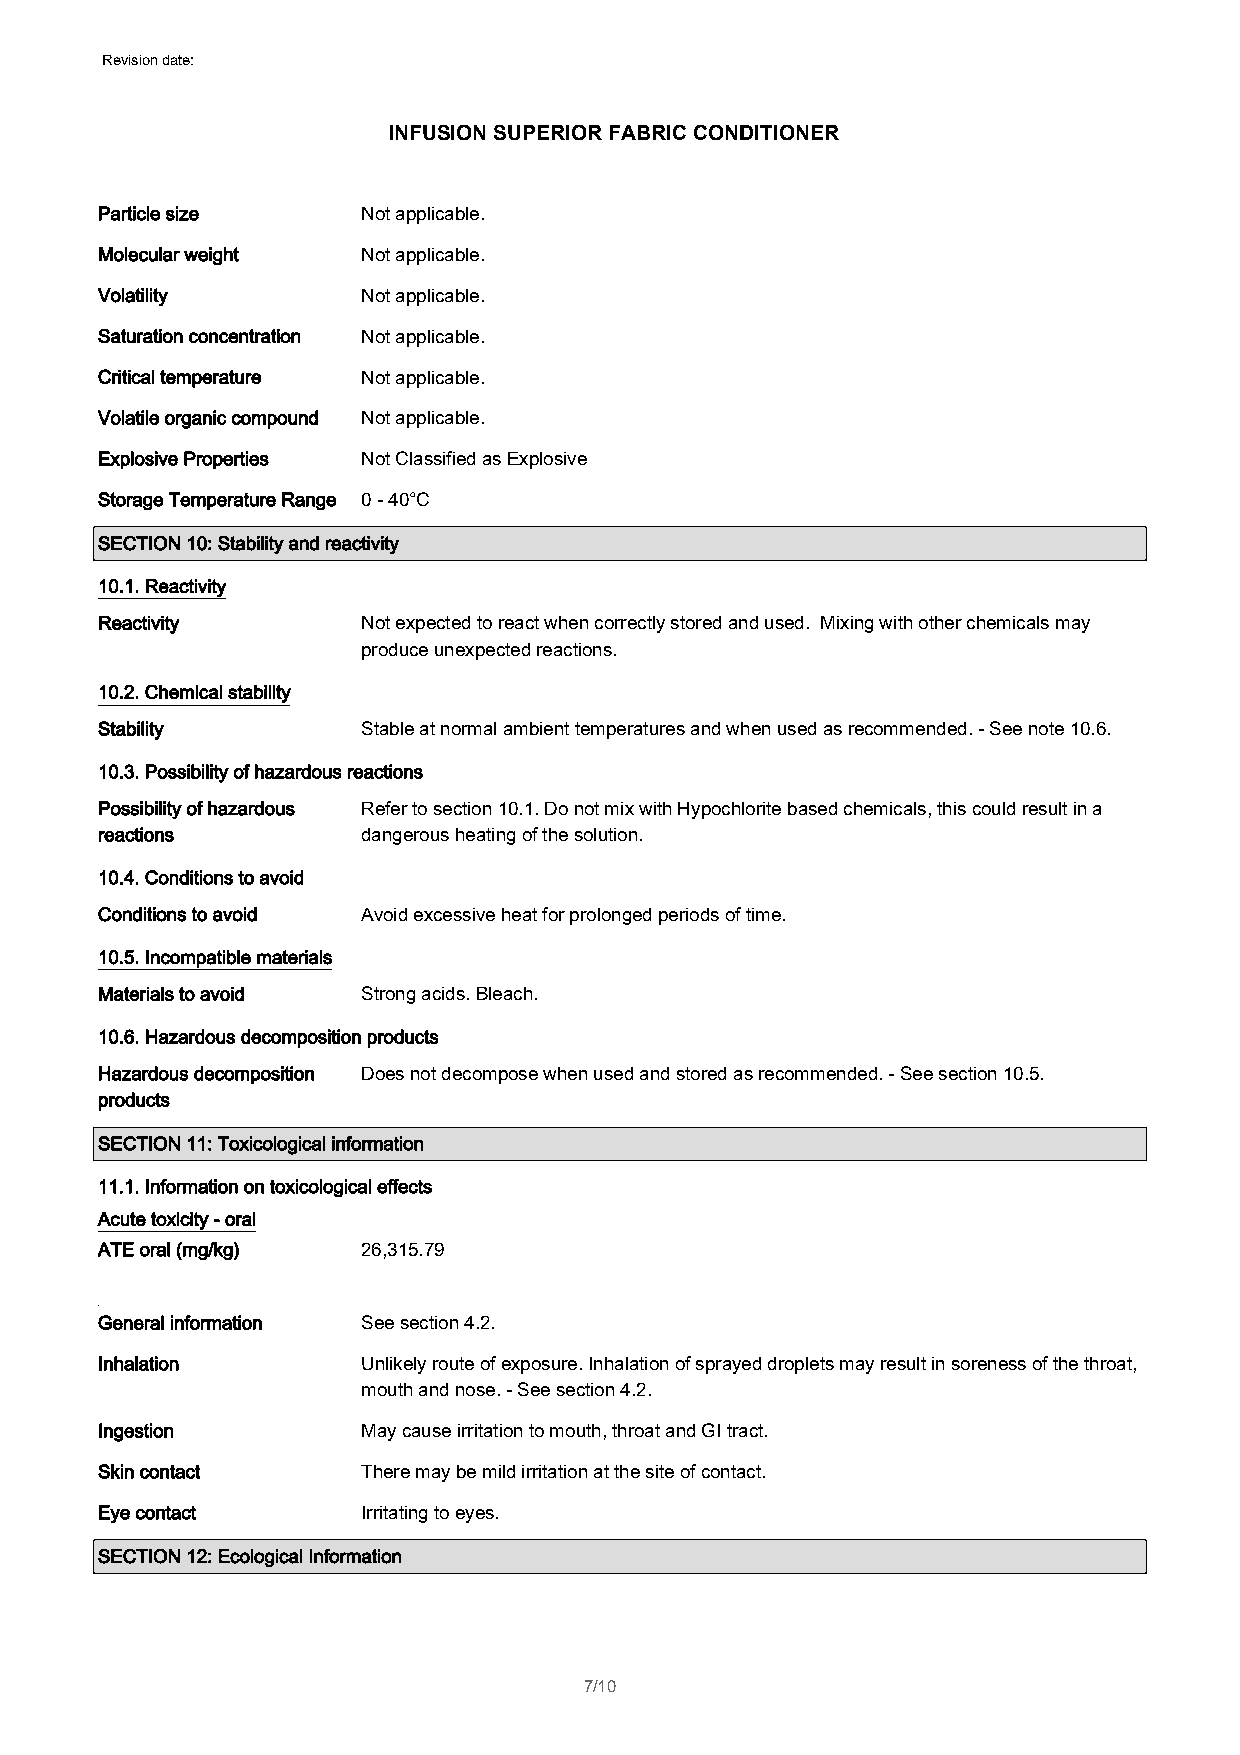
Revision date: 01/05/2015
 INFUSION SUPERIOR FABRIC CONDITIONER
 Particle size     Not applicable.
 Molecular weight  Not applicable.
 Volatility        Not applicable.
 Saturation concentration Not applicable.
 Critical temperature Not applicable.
 Volatile organic compound Not applicable.
 Explosive Properties Not Classified as Explosive
 Storage Temperature Range 0 - 40°C
 SECTION 10: Stability and reactivity
 10.1. Reactivity
 Reactivity        Not expected to react when correctly stored and used. Mixing with other chemicals may
 produce unexpected reactions.
 10.2. Chemical stability
 Stability         Stable at normal ambient temperatures and when used as recommended. - See note 10.6.
 10.3. Possibility of hazardous reactions
 Possibility of hazardous Refer to section 10.1. Do not mix with Hypochlorite based chemicals, this could result in a
 reactions         dangerous heating of the solution.
 10.4. Conditions to avoid
 Conditions to avoid Avoid excessive heat for prolonged periods of time.
 10.5. Incompatible materials
 Materials to avoid Strong acids. Bleach.
 10.6. Hazardous decomposition products
 Hazardous decomposition Does not decompose when used and stored as recommended. - See section 10.5.
 products
 SECTION 11: Toxicological information
 11.1. Information on toxicological effects
 Acute toxicity - oral
 ATE oral (mg/kg)  26,315.79
 General information See section 4.2.
 Inhalation        Unlikely route of exposure. Inhalation of sprayed droplets may result in soreness of the throat,
 mouth and nose. - See section 4.2.
 Ingestion         May cause irritation to mouth, throat and GI tract.
 Skin contact      There may be mild irritation at the site of contact.
 Eye contact       Irritating to eyes.
 SECTION 12: Ecological Information
 7/10